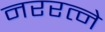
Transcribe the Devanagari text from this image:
नररत्ने